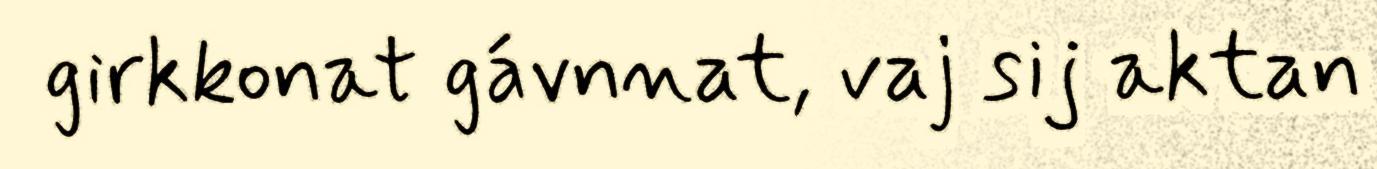
girkkonat gávnnat, vaj sij aktan